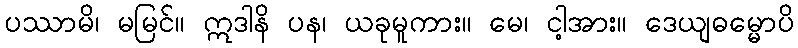
ပဿာမိ၊ မမြင်။ ဣဒါနိ ပန၊ ယခုမူကား။ မေ၊ ငါ့အား။ ဒေယျဓမ္မောပိ